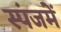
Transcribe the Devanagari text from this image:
स्पंजमें